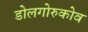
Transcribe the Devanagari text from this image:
डोलगोरुकोव